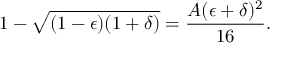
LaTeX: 1 - \sqrt { ( 1 - \epsilon ) ( 1 + \delta ) } = \frac { A ( \epsilon + \delta ) ^ { 2 } } { 1 6 } .